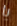
يا